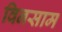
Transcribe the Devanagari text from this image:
विनसाम